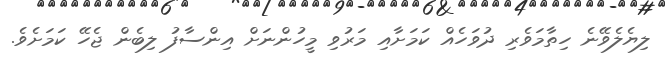
ލިޔެލެވޭނެ ހިތާމަވެރި ދުވަހެއް ކަމަށާއި މަރުވި މީހުންނަށް އިންސާފު ލިބެން ޖެހޭ ކަމަށެވެ.